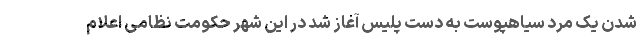
شدن یک مرد سیاهپوست به دست پلیس آغاز شد در این شهر حکومت نظامی اعلام